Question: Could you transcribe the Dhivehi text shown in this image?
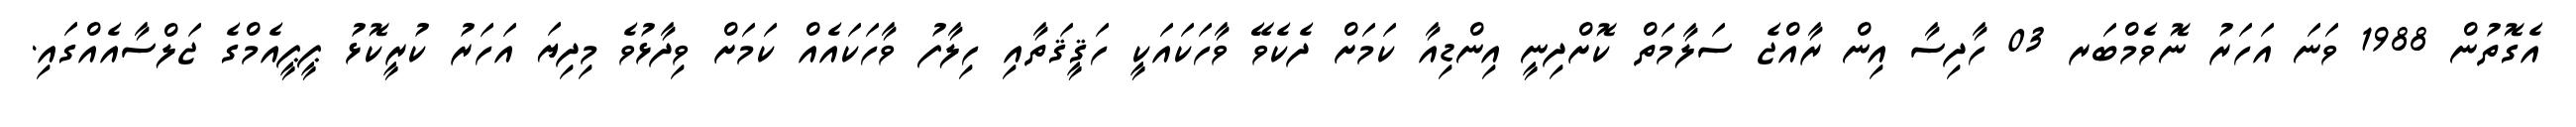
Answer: އެގޮތުން 1988 ވަނަ އަހަރު ނޮވެމްބަރ 03 ހާދިސާ އިން ރާއްޖެ ސަލާމަތް ކޮށްދިނީ އިންޑިއާ ކަމަށް ދެކެވޭ ވާހަކައަކީ ހަޤީޤަތާއި ހިލާފު ވާހަކައެއް ކަމަށް ވިދާޅުވެ މިދިޔަ އަހަރު ކުރީކޮޅު ޕީޕީއެމްގެ ޖަލްސާއެއްގައި.